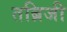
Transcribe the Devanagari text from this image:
तब्रिजी